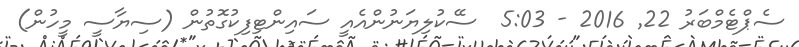
ސެޕްޓެމްބަރު 22